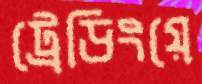
ট্রেডিংয়ে